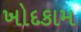
ખોદકામ